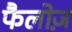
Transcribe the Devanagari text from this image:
फैलोज़